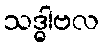
သဒ္ဓါဗလ